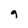
Character: q